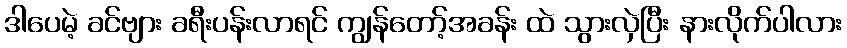
ဒါပေမဲ့ ခင်ဗျား ခရီးပန်းလာရင် ကျွန်တော့်အခန်း ထဲ သွားလှဲပြီး နားလိုက်ပါလား